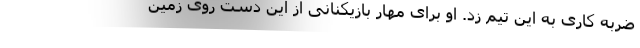
ضربه کاری به این تیم زد. او برای مهار بازیکنانی از این دست روی زمین